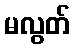
မလွတ်